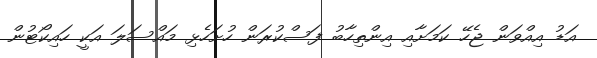
އަޑު އިއްވަން ޖެހޭ ކަމަށާއި އިންތިހާބު ފަސްކުރަން ހުށަހެޅި މައްސަލަ އަކީ ހައިކޯޓުން